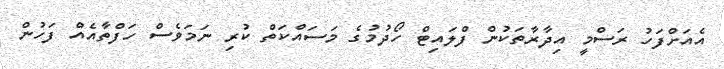
އެއަށްފަހު ރަސްމީ އިދާރާތަކުން ފްލައިޓް ހޯދުމުގެ މަސައްކަތް ކުރި ނަމަވެސް ހަފްތާއެއް ފަހުން